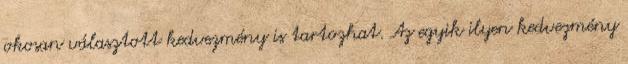
okosan választott kedvezmény is tartozhat. Az egyik ilyen kedvezmény